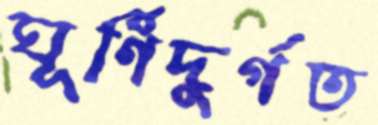
ঘূর্ণিদুর্গত